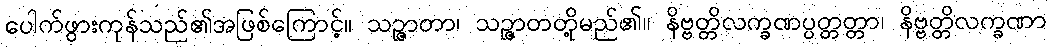
ပေါက်ဖွားကုန်သည်၏အဖြစ်ကြောင့်။ သဉ္ဇာတာ၊ သဉ္ဇာတတို့မည်၏။ နိဗ္ဗတ္တိလက္ခဏပ္ပတ္တတ္တာ၊ နိဗ္ဗတ္တိလက္ခဏာ